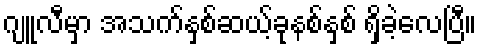
ဂျူလီမှာ အသက်နှစ်ဆယ့်ခုနစ်နှစ် ရှိခဲ့လေပြီ။